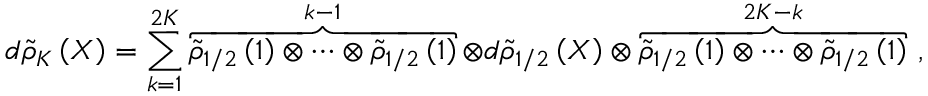
d { \tilde { \rho } } _ { K } \left( X \right) = \sum _ { k = 1 } ^ { 2 K } { \overbrace { { \tilde { \rho } } _ { 1 / 2 } \left( 1 \right) \otimes \cdots \otimes { \tilde { \rho } } _ { 1 / 2 } \left( 1 \right) } ^ { k - 1 } \otimes d { \tilde { \rho } } _ { 1 / 2 } \left( X \right) \otimes \overbrace { { \tilde { \rho } } _ { 1 / 2 } \left( 1 \right) \otimes \cdots \otimes { \tilde { \rho } } _ { 1 / 2 } \left( 1 \right) } ^ { 2 K - k } } \ ,